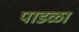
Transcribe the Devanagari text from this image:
पाडळा